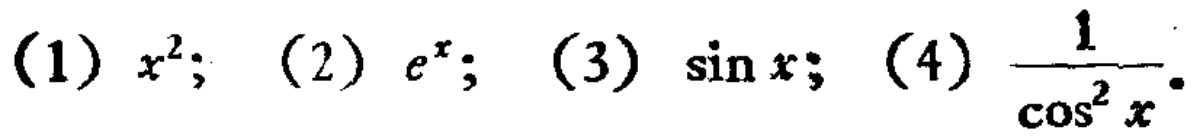
(1) \(x^{2}\); (2) \(e^{x}\); (3) \(\sin x\); (4) \(\frac{1}{\cos^{2}x}\).